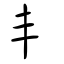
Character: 𡴀